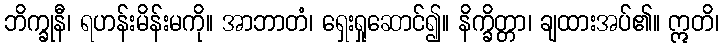
ဘိက္ခုနီ၊ ရဟန်းမိန်းမကို။ အာဘာတံ၊ ရှေးရှုဆောင်၍။ နိက္ခိတ္တာ၊ ချထားအပ်၏။ ဣတိ၊